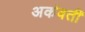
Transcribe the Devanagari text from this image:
अर्कवती